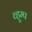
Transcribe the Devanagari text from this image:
व्हूम्प